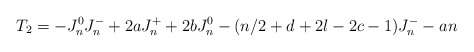
\begin{align*} T_2 = -J^0_n J^-_n + 2a J^+_n + 2b J^0_n - (n/2+d+2l-2c-1) J^-_n - an\end{align*}